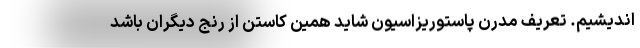
‌اندیشیم. تعریف مدرن پاستوریزاسیون شاید همین کاستن از رنج دیگران باشد